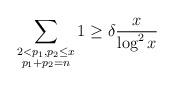
LaTeX: \begin{align*} \sum_{\substack{2<p_1,p_2\le x\\p_1+p_2=n}} 1\geq\delta \frac{x}{\log^{2}x}\end{align*}